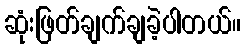
ဆုံးဖြတ်ချက်ချခဲ့ပါတယ်။